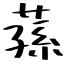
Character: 蓀